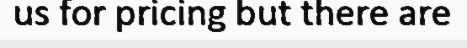
us for pricing but there are